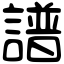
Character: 譜